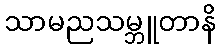
သာမညသမ္ဘူတာနိ